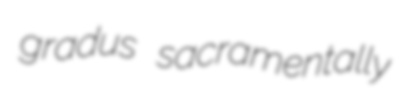
gradus sacramentally